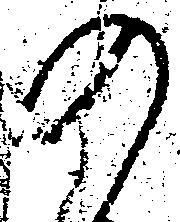
の